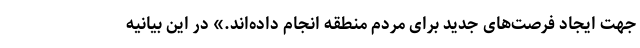
جهت ایجاد فرصت‌های جدید برای مردم منطقه انجام داده‌اند.» در این بیانیه